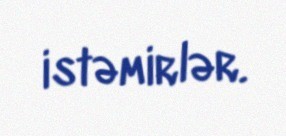
istəmirlər.